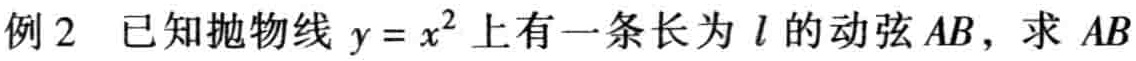
例2 已知抛物线 \(y = x^{2}\) 上有一条长为 \(l\) 的动弦 \(AB\)，求 \(AB\)